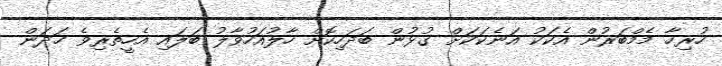
ހުރިހާ މެމްބަރުން އެކަކު އަނެކަކަށް ގުޅުން ބަދަހިކޮށް ހާލުއަހުވާލު ބަލައި އެހީތެރިވެ ހަދަން